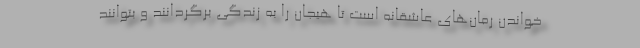
خواندن رمان‌های عاشقانه است تا هیجان را به زندگی برگردانند و بتوانند